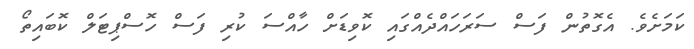
ކަމަށެވެ. އެގޮތުން ފަސް ސަރަހައްދެއްގައި ކޮވިޑަށް ހާއްސަ ކުރި ފަސް ހޮސްޕިޓަލް ކޮބައިތޯ